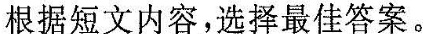
根据短文内容,选择最佳答案